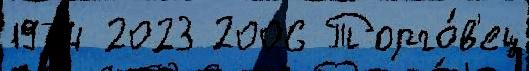
1974 2023 2006 Торго́в'ец